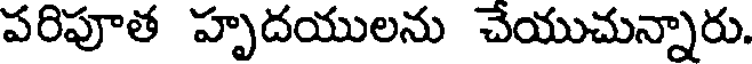
పరిపూత హృదయులను చేయుచున్నారు.